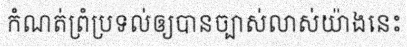
កំណត់ព្រំប្រទល់ឲ្យបានច្បាស់លាស់យ៉ាងនេះ